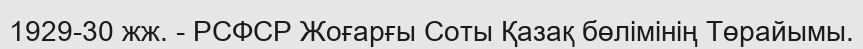
1929-30 жж. - РСФСР Жоғарғы Соты Қазақ бөлімінің Төрайымы.